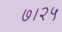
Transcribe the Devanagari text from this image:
७।२५